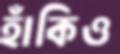
হাঁকিও